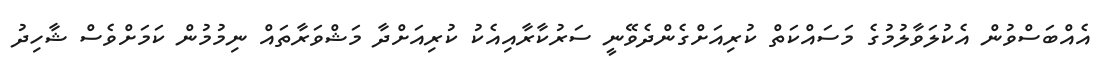
އެއްބަސްވުން އެކުލަވާލުމުގެ މަސައްކަތް ކުރިއަށްގެންދެވޭނީ ސަރުކާރާއިއެކު ކުރިއަށްދާ މަޝްވަރާތައް ނިމުމުން ކަމަށްވެސް ޝާހިދު